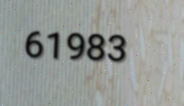
61983